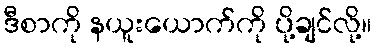
ဒီစာကို နယူးယောက်ကို ပို့ချင်လို့။